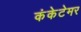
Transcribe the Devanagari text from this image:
कंकेटेमर